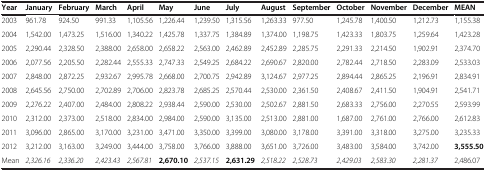
<table><thead><tr><td><b>Year</b></td><td><b>January</b></td><td><b>February</b></td><td><b>March</b></td><td><b>April</b></td><td><b>May</b></td><td><b>June</b></td><td><b>July</b></td><td><b>August</b></td><td><b>September</b></td><td><b>October</b></td><td><b>November</b></td><td><b>December</b></td><td><b>MEAN</b></td></tr></thead><tbody><tr><td>2003</td><td>961.78</td><td>924.50</td><td>991.33</td><td>1,105.56</td><td>1,226.44</td><td>1,239.50</td><td>1,315.56</td><td>1,263.33</td><td>977.50</td><td>1,245.78</td><td>1,400.50</td><td>1,212.73</td><td>1,155.38</td></tr><tr><td>2004</td><td>1,542.00</td><td>1,473.25</td><td>1,516.00</td><td>1,340.22</td><td>1,425.78</td><td>1,337.75</td><td>1,384.89</td><td>1,374.00</td><td>1,198.75</td><td>1,423.33</td><td>1,803.75</td><td>1,259.64</td><td>1,423.28</td></tr><tr><td>2005</td><td>2,290.44</td><td>2,328.50</td><td>2,388.00</td><td>2,658.00</td><td>2,658.22</td><td>2,563.00</td><td>2,462.89</td><td>2,452.89</td><td>2,285.75</td><td>2,291.33</td><td>2,214.50</td><td>1,902.91</td><td>2,374.70</td></tr><tr><td>2006</td><td>2,077.56</td><td>2,205.50</td><td>2,282.44</td><td>2,555.33</td><td>2,747.33</td><td>2,549.25</td><td>2,684.22</td><td>2,690.67</td><td>2,820.00</td><td>2,782.44</td><td>2,718.50</td><td>2,283.09</td><td>2,533.03</td></tr><tr><td>2007</td><td>2,848.00</td><td>2,872.25</td><td>2,932.67</td><td>2,995.78</td><td>2,668.00</td><td>2,700.75</td><td>2,942.89</td><td>3,124.67</td><td>2,977.25</td><td>2,894.44</td><td>2,865.25</td><td>2,196.91</td><td>2,834.91</td></tr><tr><td>2008</td><td>2,645.56</td><td>2,750.00</td><td>2,702.89</td><td>2,706.00</td><td>2,823.78</td><td>2,685.25</td><td>2,570.44</td><td>2,530.00</td><td>2,361.50</td><td>2,408.67</td><td>2,411.50</td><td>1,904.91</td><td>2,541.71</td></tr><tr><td>2009</td><td>2,276.22</td><td>2,407.00</td><td>2,484.00</td><td>2,808.22</td><td>2,938.44</td><td>2,590.00</td><td>2,530.00</td><td>2,502.67</td><td>2,881.50</td><td>2,683.33</td><td>2,756.00</td><td>2,270.55</td><td>2,593.99</td></tr><tr><td>2010</td><td>2,312.00</td><td>2,373.00</td><td>2,518.00</td><td>2,834.00</td><td>2,984.00</td><td>2,590.00</td><td>3,135.00</td><td>2,513.00</td><td>2,881.00</td><td>1,687.00</td><td>2,761.00</td><td>2,766.00</td><td>2,612.83</td></tr><tr><td>2011</td><td>3,096.00</td><td>2,865.00</td><td>3,170.00</td><td>3,231.00</td><td>3,471.00</td><td>3,350.00</td><td>3,399.00</td><td>3,080.00</td><td>3,178.00</td><td>3,391.00</td><td>3,318.00</td><td>3,275.00</td><td>3,235.33</td></tr><tr><td>2012</td><td>3,212.00</td><td>3,163.00</td><td>3,249.00</td><td>3,444.00</td><td>3,758.00</td><td>3,766.00</td><td>3,888.00</td><td>3,651.00</td><td>3,726.00</td><td>3,483.00</td><td>3,584.00</td><td>3,742.00</td><td><b>3,555.50</b></td></tr><tr><td>Mean</td><td><i>2,326.16</i></td><td><i>2,336.20</i></td><td><i>2,423.43</i></td><td><i>2,567.81</i></td><td><b>2,670.10</b></td><td><i>2,537.15</i></td><td><b>2,631.29</b></td><td><i>2,518.22</i></td><td><i>2,528.73</i></td><td><i>2,429.03</i></td><td><i>2,583.30</i></td><td><i>2,281.37</i></td><td>2,486.07</td></tr></tbody></table>